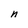
Character: n